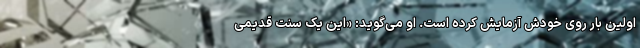
اولین بار روی خودش آزمایش کرده است. او می‌گوید: «این یک سنتِ قدیمی